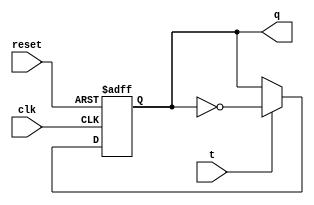
module TFF (
    input wire clk,    // Clock input
    input wire reset,  // Reset input
    input wire t,      // T input
    output reg q       // Q output
);

always @(posedge clk or posedge reset) begin
    if (reset) begin
        q <= 1'b0;    // Reset output to 0
    end else begin
        if (t) begin
            q <= ~q;    // Toggle output on rising edge of T
        end
    end
end

endmodule